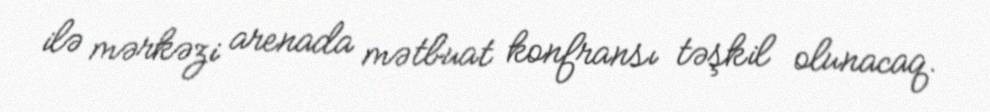
ilə mərkəzi arenada mətbuat konfransı təşkil olunacaq.